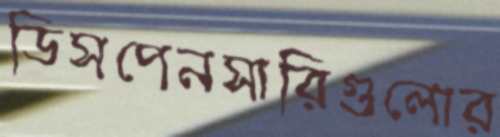
ডিসপেনসারিগুলোর